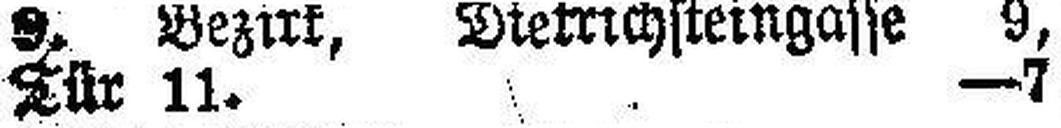
Tür 11. —7